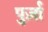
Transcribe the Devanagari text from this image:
पुर्ज़ा